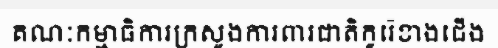
គណៈកម្មាធិការក្រសួងការពារជាតិកូរ៉េខាងជើង